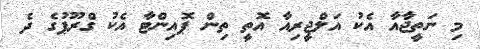
މި ނަތީޖާއާ އެކު އަލްޖީރިއާ އޮތީ ތިން ޕޮއިންޓާ އެކު ގްރޫޕުގެ ދެ